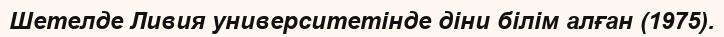
Шетелде Ливия университетінде діни білім алған (1975).